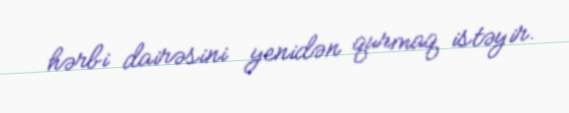
hərbi dairəsini yenidən qurmaq istəyir.